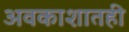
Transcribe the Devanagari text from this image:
अवकाशातही